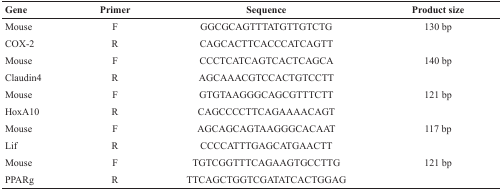
<table><thead><tr><td><b>Gene</b></td><td><b>Primer</b></td><td><b>Sequence</b></td><td><b>Product size</b></td></tr></thead><tbody><tr><td>Mouse</td><td>F</td><td>GGCGCAGTTTATGTTGTCTG</td><td>130 bp</td></tr><tr><td>COX-2</td><td>R</td><td>CAGCACTTCACCCATCAGTT</td><td></td></tr><tr><td>Mouse</td><td>F</td><td>CCCTCATCAGTCACTCAGCA</td><td>140 bp</td></tr><tr><td>Claudin4</td><td>R</td><td>AGCAAACGTCCACTGTCCTT</td><td></td></tr><tr><td>Mouse</td><td>F</td><td>GTGTAAGGGCAGCGTTTCTT</td><td>121 bp</td></tr><tr><td>HoxA10</td><td>R</td><td>CAGCCCCTTCAGAAAACAGT</td><td></td></tr><tr><td>Mouse</td><td>F</td><td>AGCAGCAGTAAGGGCACAAT</td><td>117 bp</td></tr><tr><td>Lif</td><td>R</td><td>CCCCATTTGAGCATGAACTT</td><td></td></tr><tr><td>Mouse</td><td>F</td><td>TGTCGGTTTCAGAAGTGCCTTG</td><td>121 bp</td></tr><tr><td>PPARg</td><td>R</td><td>TTCAGCTGGTCGATATCACTGGAG</td><td></td></tr></tbody></table>